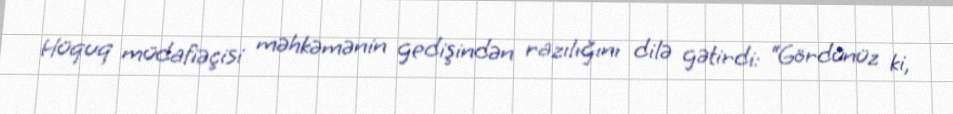
Hüquq müdafiəçisi məhkəmənin gedişindən razılığını dilə gətirdi: “Gördünüz ki,